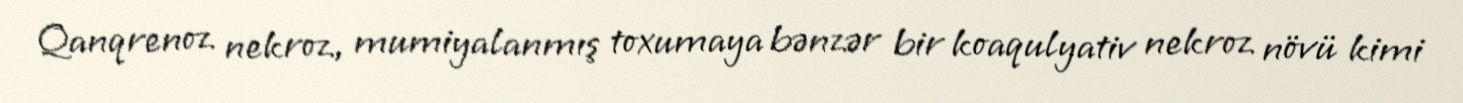
Qanqrenoz nekroz, mumiyalanmış toxumaya bənzər bir koaqulyativ nekroz növü kimi